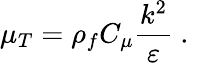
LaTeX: \mu_{T}=\rho_{f}C_{\mu}\frac{k^{2}}{\varepsilon}\mathrm{~.~}